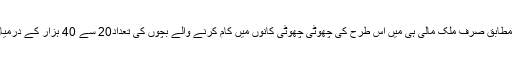
حقوقِ انسانی کی علمبردار تنظیم ہیومن رائٹس واچ کے مطابق صرف ملک مالی ہی میں اس طرح کی چھوٹی چھوٹی کانوں میں کام کرنے والے بچوں کی تعداد20 سے 40 ہزار کے درمیان ہے، جن میں سے کئی کی عمر 6 سال بھی ہوتی ہے۔